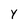
Character: Y